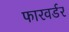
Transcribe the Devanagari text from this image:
फारवर्डर